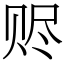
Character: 赆